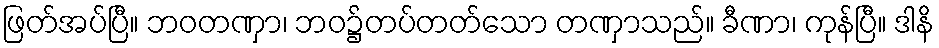
ဖြတ်အပ်ပြီ။ ဘဝတဏှာ၊ ဘဝ၌တပ်တတ်သော တဏှာသည်။ ခီဏာ၊ ကုန်ပြီ။ ဒါနိ